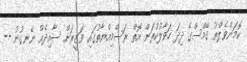
ކޮމަންވެލްތު ގޭމްސްގެ ދިދަ ހަވާލުކުރަން އޮތް ރަސްމިއްޔާތުގައި ވަޒީރަށް ސާއިދެއް ނޭނގުނު --